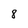
Character: 8